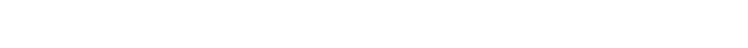
ပိတောက်ရိပ်ဝယ် စတဲ့ သူ့တေး တော်တော်များများမှာ အာမေဋိတ်သံတွေ အများအပြား ထည့်သွင်းခဲ့လို့